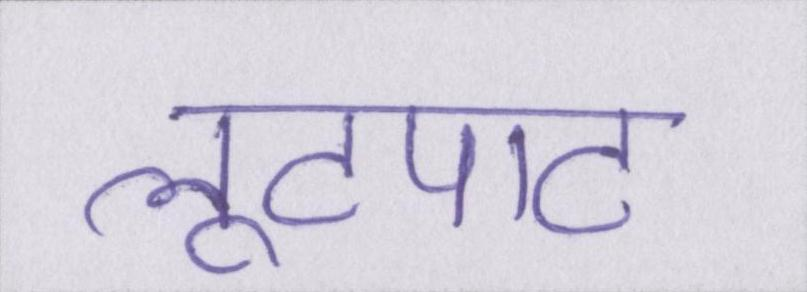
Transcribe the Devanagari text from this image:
लूटपाट